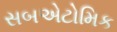
સબએટોમિક